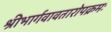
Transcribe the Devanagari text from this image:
श्रीभार्गवावतारोपक्रमः